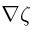
\nabla \zeta